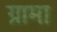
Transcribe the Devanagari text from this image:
ग्रामा